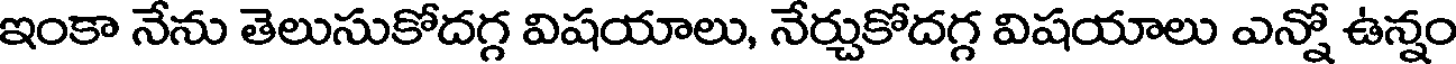
ఇంకా నేను తెలుసుకోదగ్గ విషయాలు, నేర్చుకోదగ్గ విషయాలు ఎన్నో ఉన్నం